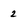
Character: 2